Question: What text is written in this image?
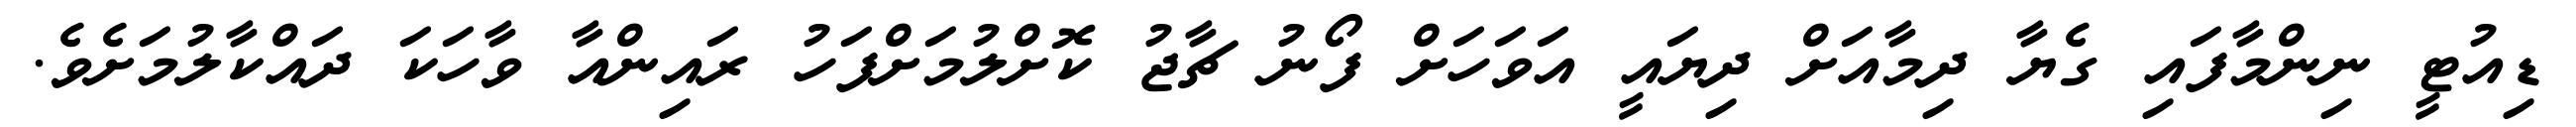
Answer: ޑިއުޓީ ނިންމާފައި ގެޔާ ދިމާއަށް ދިޔައީ އަވަހަށް ފޯނު ޗާޖު ކޮށްލުމަށްފަހު ރައިންއާ ވާހަކަ ދައްކާލުމަށެވެ.